Code of medical and sanitary regulations for the guidance of medical officers serving in the Madras Presidency - Volume I
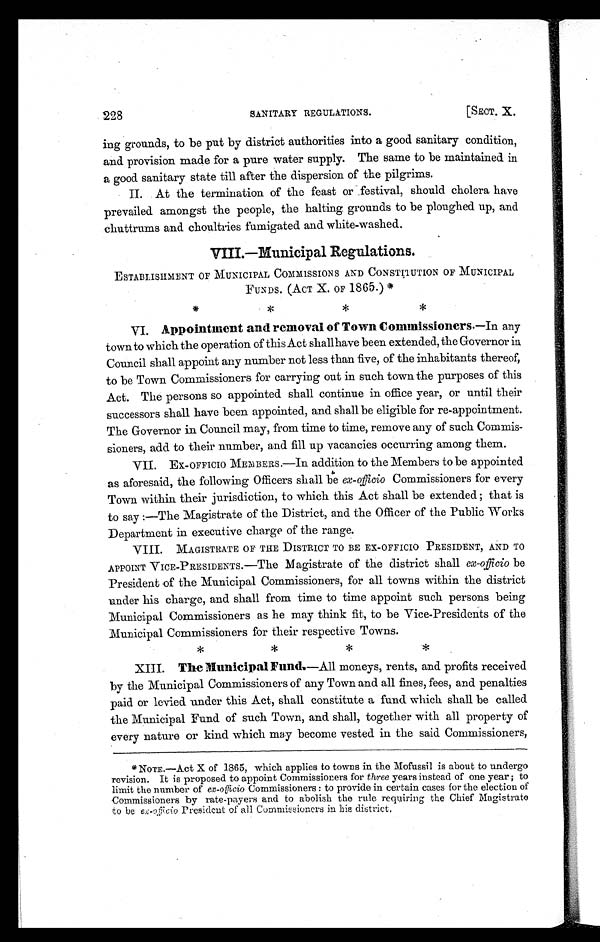
228
SANITARY REGULATIONS.
[SECT. X.
ing grounds, to be put by district authorities into a good sanitary condition,
and provision made for a pure water supply. The same to be maintained in
a good sanitary state till after the dispersion of the pilgrims.
II. At the termination of the feast or festival, should cholera have
prevailed amongst the people, the halting grounds to be ploughed up, and
chuttrums and choultries fumigated and white-washed.
VIII.—Municipal Regulations.
ESTABLISHMENT OF MUNICIPAL COMMISSIONS AND CONSTITUTION OF MUNICIPAL
FUNDS. (ACT X. OF 1865.) *
* * * *
V I .
A p p o i n t m e n t a n d r e m o v a l o f T o w n C o m m i s s i o n e r s .
— I n a n y
town to which the operation of this Act shallhave been extended, the Governor in
Council shall appoint any number not less than five, of the inhabitants thereof,
to be Town Commissioners for carrying out in such town the purposes of this
Act. The persons so appointed shall continue in office year, or until their
successors shall have been appointed, and shall be eligible for re-appointment.
The Governor in Council may, from time to time, remove any of such Commis-
sioners, add to their number, and fill up vacancies occurring among them.
I.
VII. EX-OFFICIO MEMBERS.—In addition to the Members to be appointed
as aforesaid, the following Officers shall be ex-officio Commissioners for every
Town within their jurisdiction, to which this Act shall be extended ; that is
to say :—The Magistrate of the District, and the Officer of the Public Works
Department in executive charge of the range.
II.
VIII. MAGISTRATE OF THE DISTRICT TO BE EX-OFFICIO PRESIDENT, AND TO
APPOINT VICE-PRESIDENTS.—The Magistrate of the district shall ex-officio be
President of the Municipal Commissioners, for all towns within the district
under his charge, and shall from time to time appoint such persons being
Municipal Commissioners as he may think fit, to be Vice-Presidents of the
Municipal Commissioners for their respective Towns.
* * * *
XIII. The Municipal Funds.— A l l m o n e y s , r e n t s , a n d p r o f i t s r e c e i v e d
by the Municipal Commissioners of any Town and all fines, fees, and penalties
paid or levied under this Act, shall constitute a fund which shall be called
the Municipal Fund of such Town, and shall, together with all property of
every nature or kind which may become vested in the said Commissioners,
* N O T E . — A c t X o f 1 8 6 5 , w h i c h a p p l i e s t o t o w n s i n t h e M o f u s s i l i s a b o u t t o u n d e r g o
revision. It is proposed to appoint Commissioners for three years instead of one year ; to
limit the number of ex-officioC o m m i s s i o n e r s : t o p r o v i d e i n c e r t a i n c a s e s f o r t h e e l e c t i o n o f
Commissioners by rate-payers and to abolish the rule requiring the Chief Magistrate
to be ex-officio President of all Commissioners in his district.